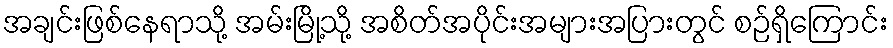
အချင်းဖြစ်နေရာသို့ အမ်းမြို့သို့ အစိတ်အပိုင်းအများအပြားတွင် စဉ်ရှိကြောင်း